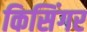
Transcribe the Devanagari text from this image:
किसिंगर